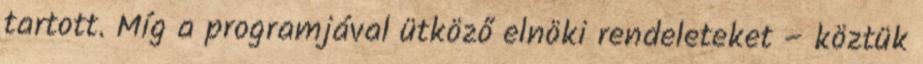
tartott. Míg a programjával ütköző elnöki rendeleteket – köztük